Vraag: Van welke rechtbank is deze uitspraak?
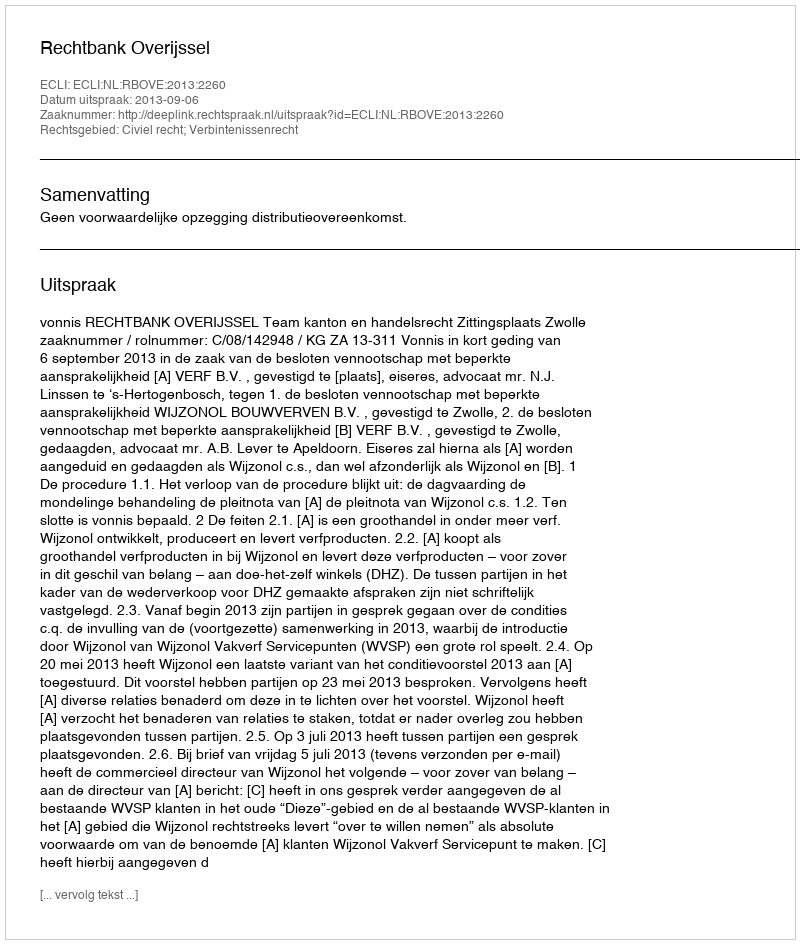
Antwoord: Rechtbank Overijssel